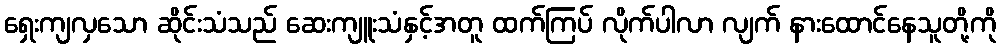
ရှေးကျလှသော ဆိုင်းသံသည် ဆေးကျူးသံနှင့်အတူ ထက်ကြပ် လိုက်ပါလာ လျက် နားထောင်နေသူတို့ကို